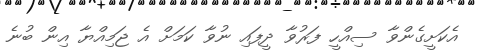
އެކަށީގެންވާ ސިއްހީ ފަރުވާ ދީފައި ނުވާ ކަމަށް އެ ޖަމިއްޔާ އިން ބުނެ